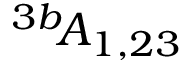
^ { 3 b } \! { \cal A } _ { 1 , 2 3 }